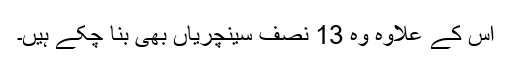
اس کے علاوہ وہ 13 نصف سینچریاں بھی بنا چکے ہیں۔